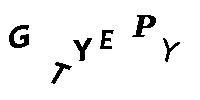
GTYEPY